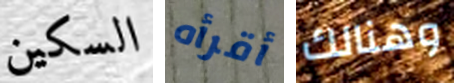
السكين أقرأه وهنالك